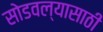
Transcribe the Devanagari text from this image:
सोडवल्यासाठी